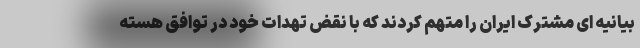
بیانیه ای مشترک ایران را متهم کردند که با نقض تهدات خود در توافق هسته